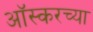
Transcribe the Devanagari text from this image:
आॅस्करच्या